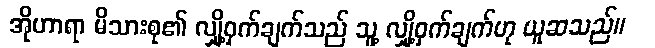
အိုဟာရာ မိသားစု၏ လျှို့ဝှက်ချက်သည် သူ့ လျှို့ဝှက်ချက်ဟု ယူဆသည်။